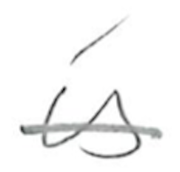
Text: is
Cross-out: single-line
Writing tool: pencil